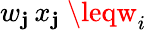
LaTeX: w_{\mathbf{j}}\, x_{\mathbf{j}}\ \leqw_{i}